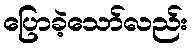
ပြောခဲ့သော်လည်း